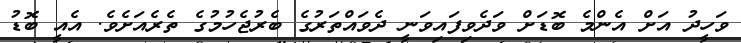
ވަހީދު އަށް އެންމެ ބޮޑަށް ވަދެވިފައިވަނީ ދެވައްތަރުގެ ބެރުޖެހުމުގެ ތެރެއަށެވެ. އެއީ ބޮޑު